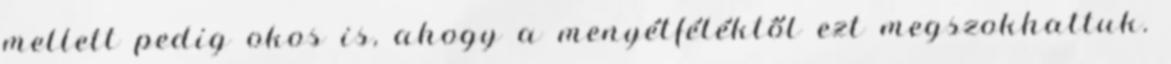
mellett pedig okos is, ahogy a menyétféléktől ezt megszokhattuk.